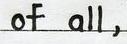
of all ,